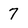
Character: 7